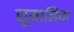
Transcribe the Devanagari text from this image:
सूमालिया